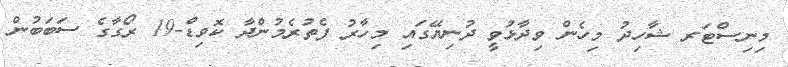
މިނިސްޓަރ ޝާހިދު މިހެން ވިދާޅުވީ ދުނިޔޭގައި މިހާރު ފެތުރެމުންދާ ކޮވިޑް-19 ރޯގާގެ ސަބަބުން